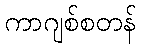
ကာဂျစ်စတန်